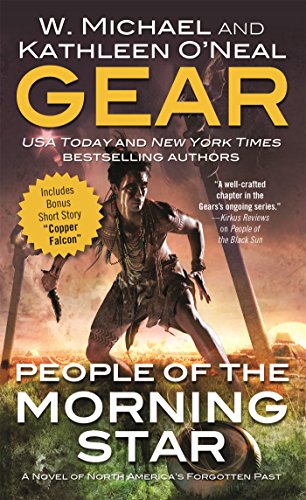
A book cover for People of the Morning Star: A Novel of North America's Forgotten Past; Kathleen O'Neal Gear; Literature & Fiction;